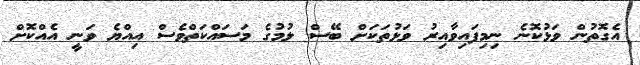
އެގޮތުން ވަޅުކޮނެ ނިމިފައިވާއިރު ވަޅުތަކަށް ބޭސް ލުމުގެ މަސައްކަތްވެސް އިއްޔެ ވަނީ އެއްކޮށް